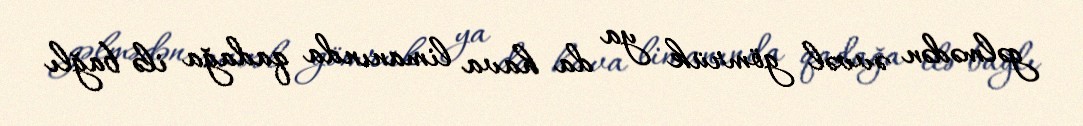
gəlmədən əvvəl gömrük ya da hava limanında qadağa ilə bağlı